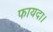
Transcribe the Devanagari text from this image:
फायदा।